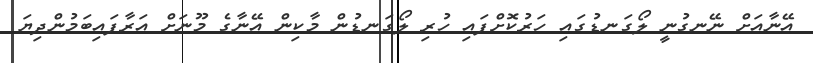
އޭނާއަށް ނޭނގުނީ ލޯގަނޑުގައި ހަރުކޮށްފައި ހުރި ލޯގަނޑުން މާކިން އޭނާގެ މޫނަށް އަރާފައިބަމުންދިޔަ